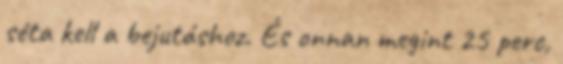
séta kell a bejutáshoz. És onnan megint 25 perc,